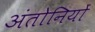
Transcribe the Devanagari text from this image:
अंतोनियों